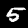
Label: 5